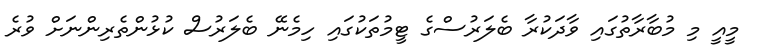
މީއީ މި މުބާރާތުގައި ވާދަކުރާ ބެލަރުސްގެ ޓީމުތަކުގައި ހިމެނޭ ބެލަރުސް ކުޅުންތެރިންނަށް ވުރެ